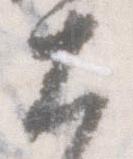
大